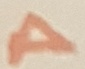
Text: A